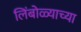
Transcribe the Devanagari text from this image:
लिंबोळ्याच्या